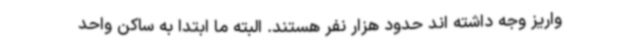
واریز وجه داشته اند حدود هزار نفر هستند. البته ما ابتدا به ساکن واحد